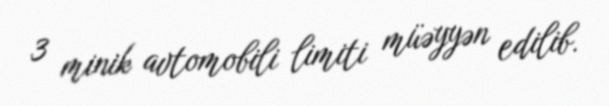
3 minik avtomobili limiti müəyyən edilib.